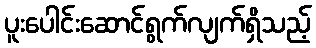
ပူးပေါင်းဆောင်ရွက်လျက်ရှိသည့်